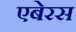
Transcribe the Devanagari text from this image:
एबेरस